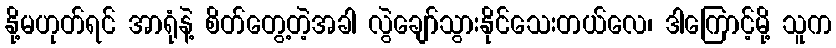
နို့မဟုတ်ရင် အာရုံနဲ့ စိတ်တွေ့တဲ့အခါ လွဲချော်သွားနိုင်သေးတယ်လေ၊ ဒါကြောင့်မို့ သူက